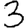
Digit: 3